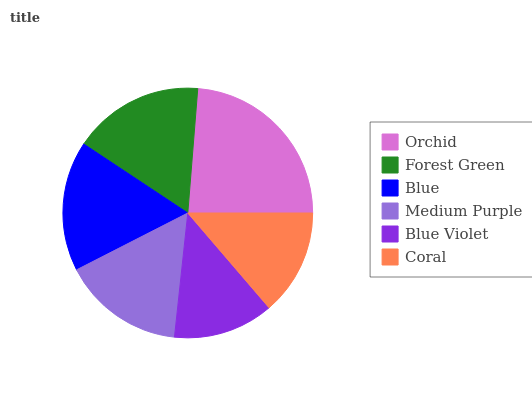
| Orchid | Forest Green | Blue | Medium Purple | Blue Violet | Coral |
 | --- | --- | --- | --- | --- | --- |
 | 23.7% | 17% | 16.9% | 15.8% | 13% | 13.7% |